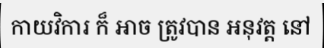
កាយវិការ ក៏ អាច ត្រូវបាន អនុវត្ត នៅ